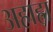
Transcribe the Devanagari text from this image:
अहाहा